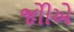
જોીએ